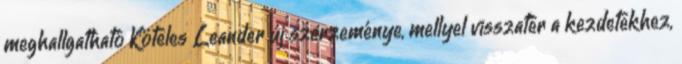
meghallgatható Köteles Leander új szerzeménye, mellyel visszatér a kezdetekhez,